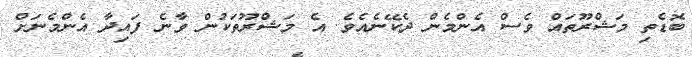
ބޮޑެތި މަޝްރޫތައް ވެސް އެންމެން ދެކޭނެއެވެ. އެ މަޝްރޫތަކުން ވާނެ ފައިދާ އެންމެނަށް